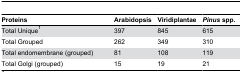
<table><thead><tr><td><b>Proteins</b></td><td><b>Arabidopsis</b></td><td><b>Viridiplantae</b></td><td><b><i>Pinus</i> spp.</b></td></tr></thead><tbody><tr><td>Total Unique<sup>1</sup></td><td>397</td><td>845</td><td>615</td></tr><tr><td>Total Grouped</td><td>262</td><td>349</td><td>310</td></tr><tr><td>Total endomembrane (grouped)</td><td>81</td><td>108</td><td>119</td></tr><tr><td>Total Golgi (grouped)</td><td>15</td><td>19</td><td>21</td></tr></tbody></table>